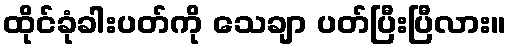
ထိုင်ခုံခါးပတ်ကို သေချာ ပတ်ပြီးပြီလား။